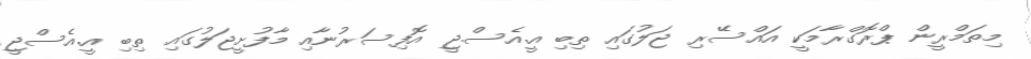
މިތަމްރީން ޕްރޮގްރާމަކީ އައްސޭރި ޖަލުގައި ތިބި އީ.އެސް.ޖީ އޮފިސަރުނާއި މާފުށީޖަލުގައި ތިބި އީ.އެސްޖީ